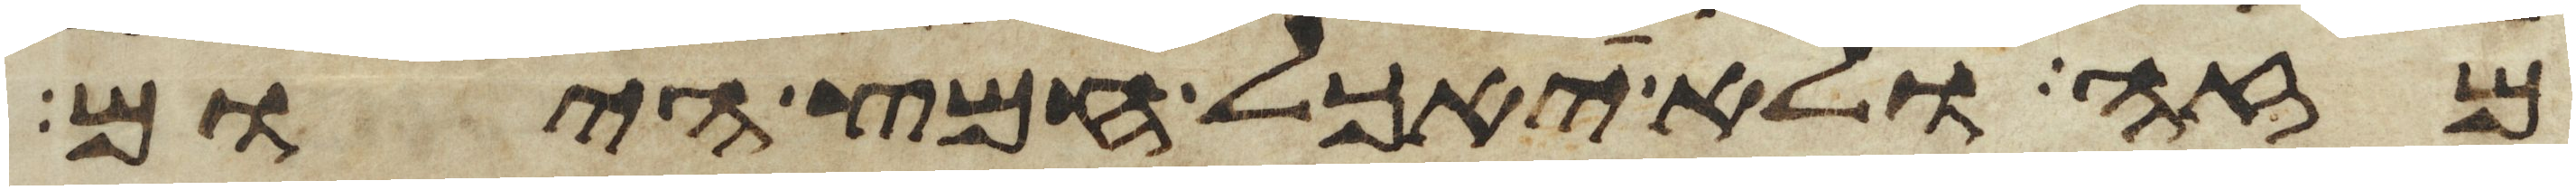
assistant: מזה ולא יאכל חמץ היום